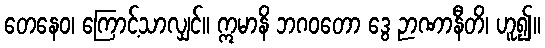
တေနေဝ၊ ကြောင့်သာလျှင်။ ဣမာနိ ဘဂဝတော ဒွေ ဉာဏာနီတိ၊ ဟူ၍။